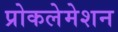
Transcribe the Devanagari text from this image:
प्रोकलेमेशन